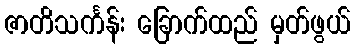
ဇာတိသင်္ကန်း ခြောက်ထည် မှတ်ဖွယ်